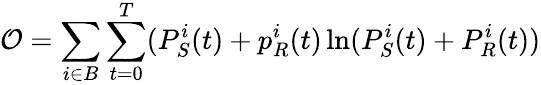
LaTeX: \mathcal{O}=\sum_{i\in B}\sum_{t=0}^{T}(P_{S}^{i}(t)+p_{R}^{i}(t)\ln(P_{S}^{i}(t)+P_{R}^{i}(t))